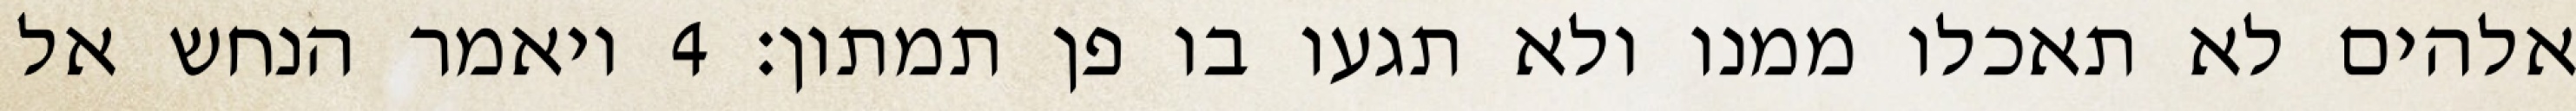
אלהים לא תאכלו ממנו ולא תגעו בו פן תמתון׃ ‎4‏ ויאמר הנחש אל